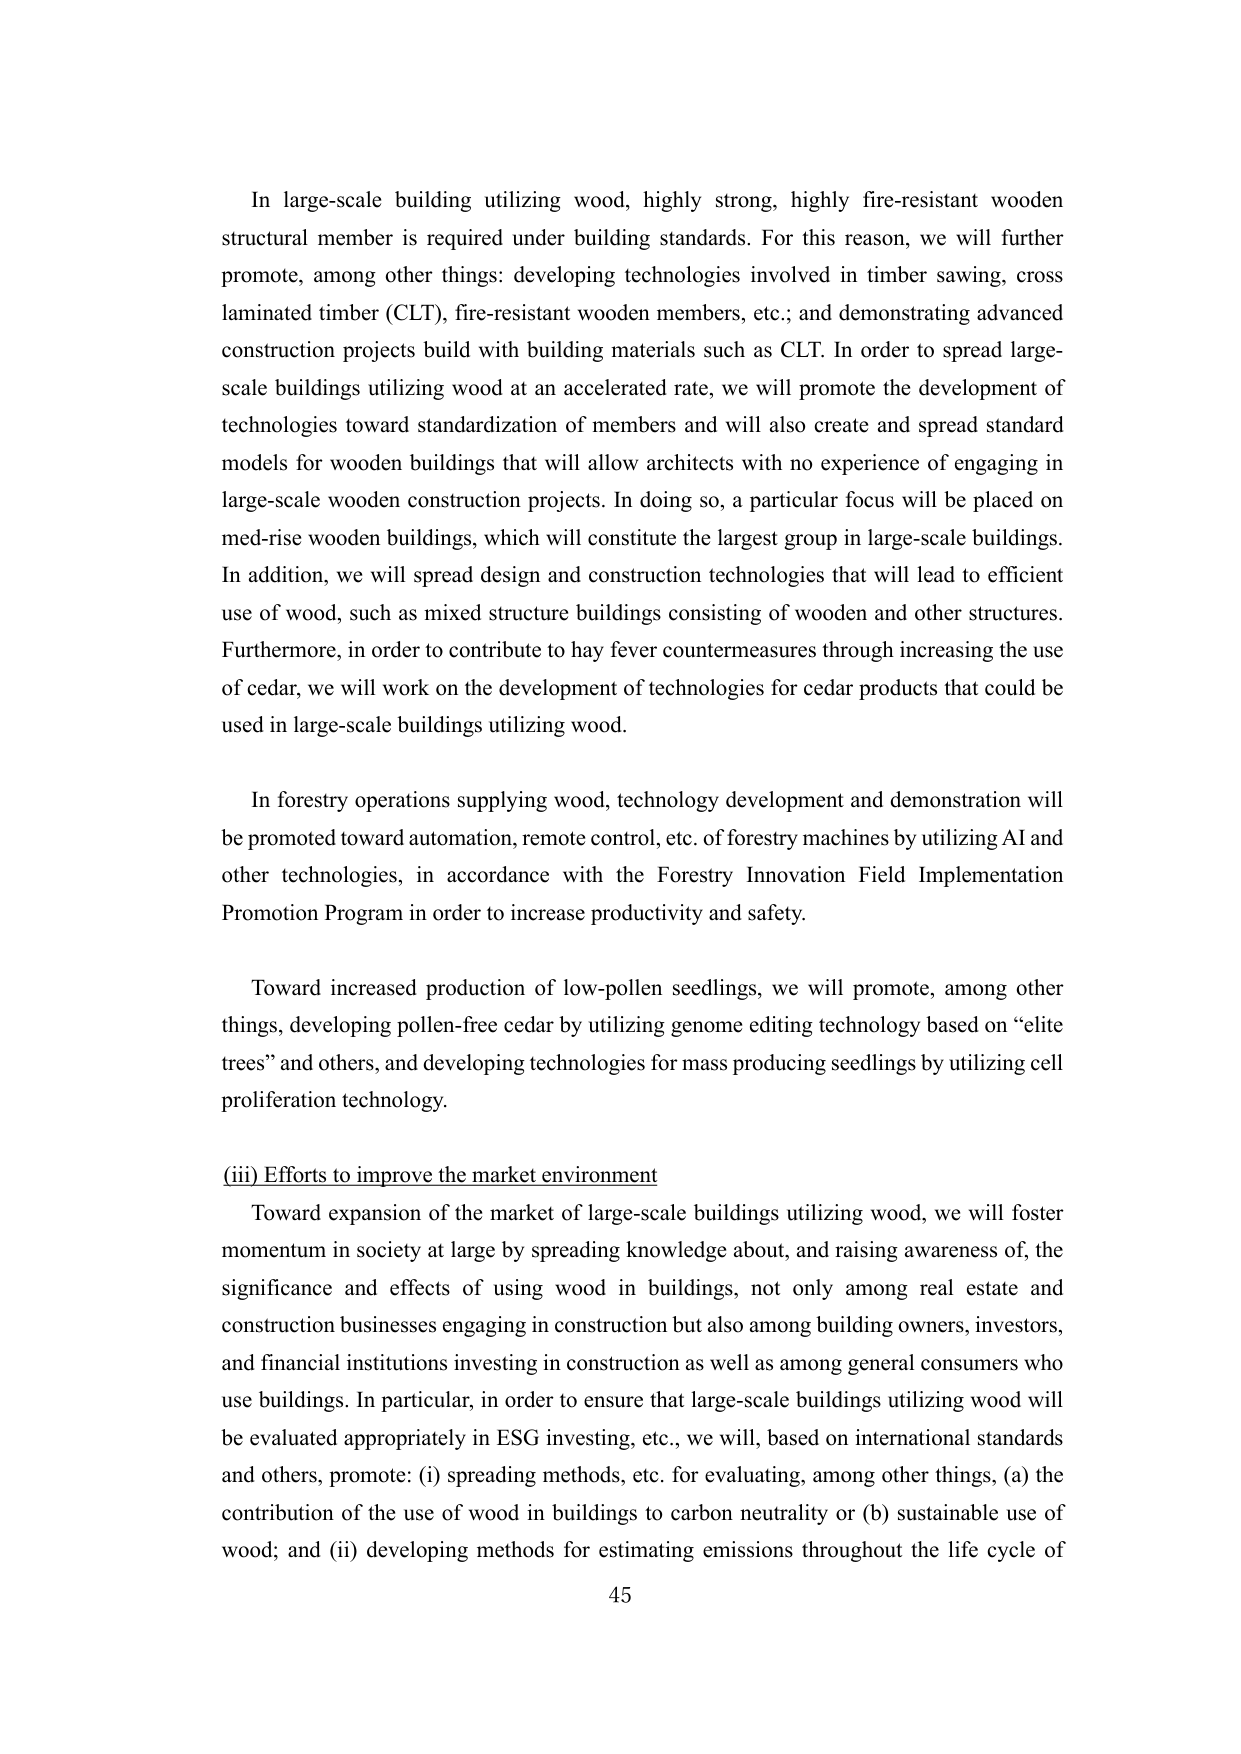
In large-scale building utilizing wood, highly strong, highly fire-resistant wooden structural member is required under building standards. For this reason, we will further promote, among other things: developing technologies involved in timber sawing, cross laminated timber (CLT), fire-resistant wooden members, etc.; and demonstrating advanced construction projects build with building materials such as CLT. In order to spread large-scale buildings utilizing wood at an accelerated rate, we will promote the development of technologies toward standardization of members and will also create and spread standard models for wooden buildings that will allow architects with no experience of engaging in large-scale wooden construction projects. In doing so, a particular focus will be placed on med-rise wooden buildings, which will constitute the largest group in large-scale buildings. In addition, we will spread design and construction technologies that will lead to efficient use of wood, such as mixed structure buildings consisting of wooden and other structures. Furthermore, in order to contribute to hay fever countermeasures through increasing the use of cedar, we will work on the development of technologies for cedar products that could be used in large-scale buildings utilizing wood.

In forestry operations supplying wood, technology development and demonstration will be promoted toward automation, remote control, etc. of forestry machines by utilizing AI and other technologies, in accordance with the Forestry Innovation Field Implementation Promotion Program in order to increase productivity and safety.

Toward increased production of low-pollen seedlings, we will promote, among other things, developing pollen-free cedar by utilizing genome editing technology based on “elite trees” and others, and developing technologies for mass producing seedlings by utilizing cell proliferation technology.

(iii) Efforts to improve the market environment

Toward expansion of the market of large-scale buildings utilizing wood, we will foster momentum in society at large by spreading knowledge about, and raising awareness of, the significance and effects of using wood in buildings, not only among real estate and construction businesses engaging in construction but also among building owners, investors, and financial institutions investing in construction as well as among general consumers who use buildings. In particular, in order to ensure that large-scale buildings utilizing wood will be evaluated appropriately in ESG investing, etc., we will, based on international standards and others, promote: (i) spreading methods, etc. for evaluating, among other things, (a) the contribution of the use of wood in buildings to carbon neutrality or (b) sustainable use of wood; and (ii) developing methods for estimating emissions throughout the life cycle of

45